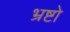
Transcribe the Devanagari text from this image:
भ्रष्टो